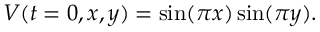
V ( t = 0 , x , y ) = \sin ( \pi x ) \sin ( \pi y ) .